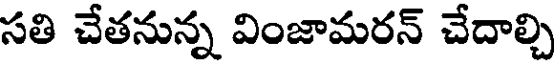
సతి చేతనున్న వింజామరన్ చేదాల్చి